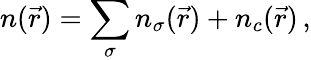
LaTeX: n(\vec{r})=\sum_{\sigma}n_{\sigma}(\vec{r})+n_{c}(\vec{r})\, ,